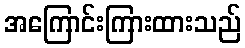
အကြောင်းကြားထားသည်